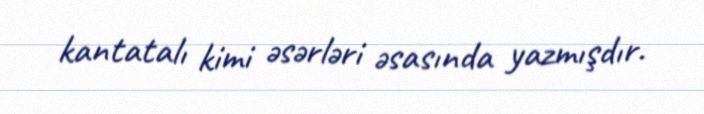
kantatalı kimi əsərləri əsasında yazmışdır.